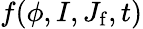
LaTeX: f(\phi,I,J_{\mathrm{f}},t)